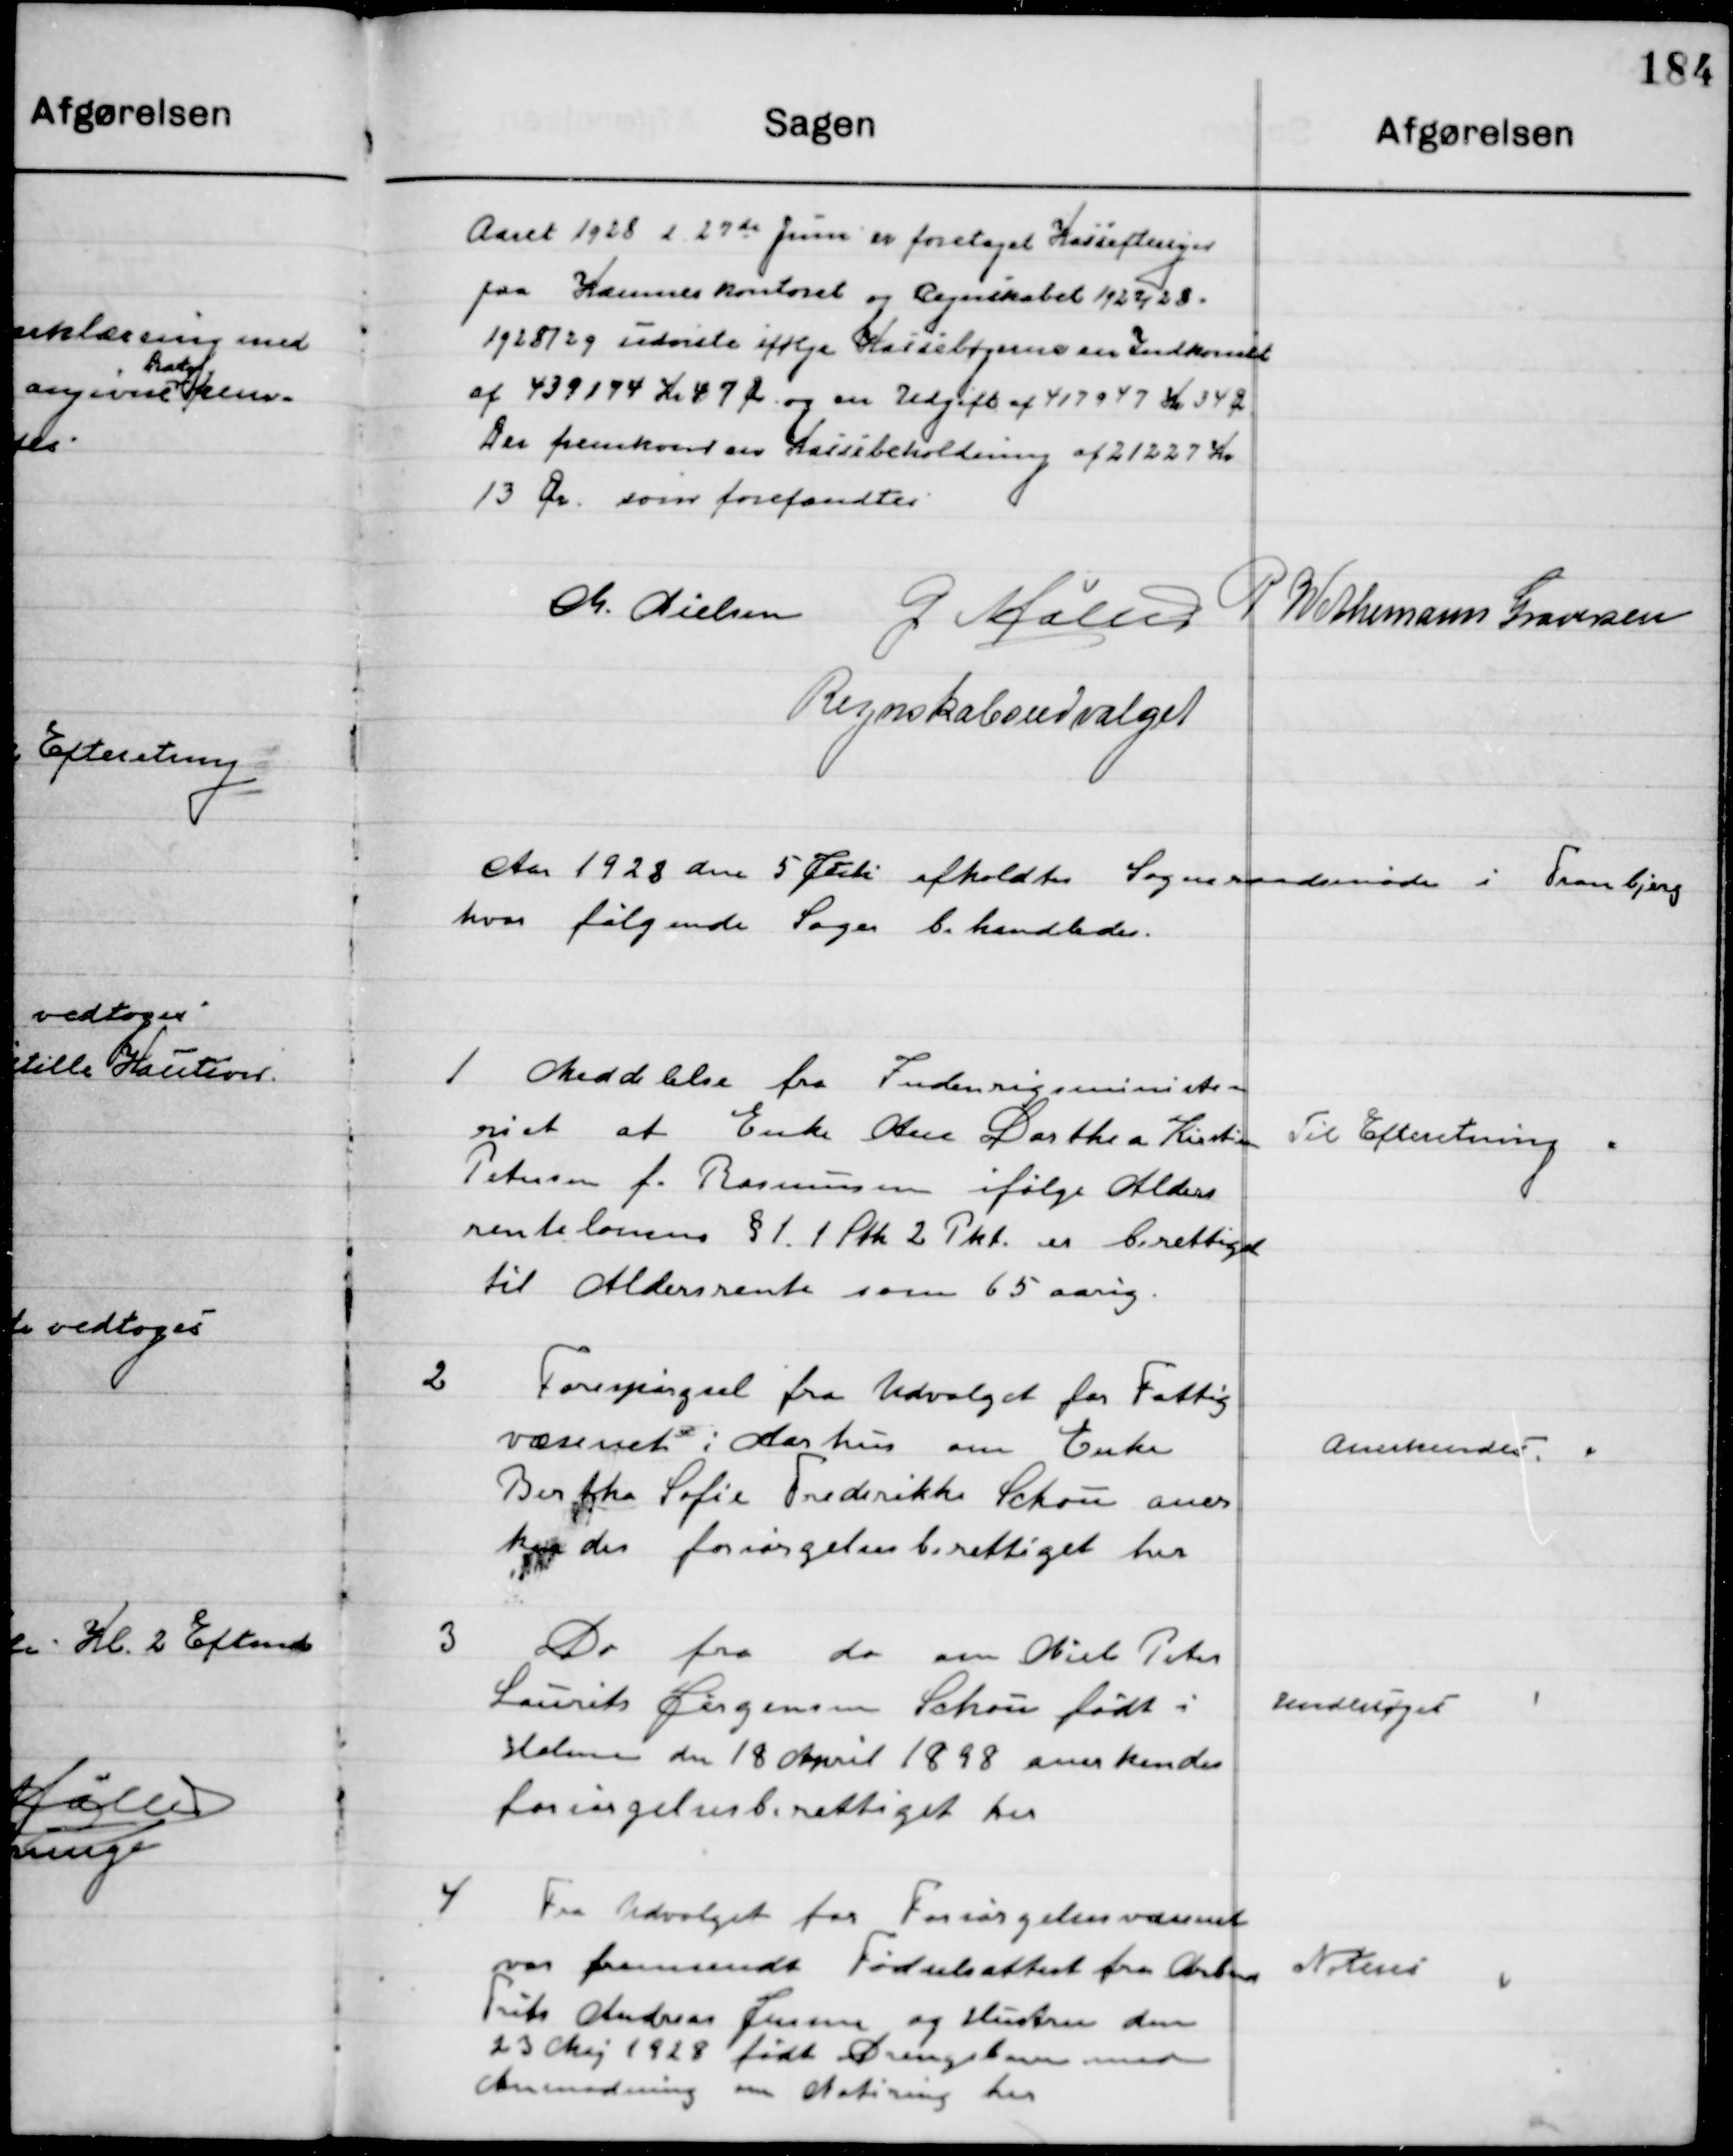
Transskription:
Aaret 1928 d. 27de Juni er foretaget Kasseeftersyn
paa Kæmnerkontoret og Regnskabet 1927/28.
1928/29 udviste ifølge Kassebøgerne en Indkomst
af 439174 Kr. 47 Øre og en Udgift af 417947 Kr. 34 Øre
Der fremkommer en Kassebeholdning af 21227 Kr.
13 Øre, som forefandtes.

M. Nielsen
G. Møller
P. Wethemann Graversen
Regnskabsudvalget

Aaret 1928 den 5 Juli  afholdtes  Sogneraadsmøde i Tranbjerg 
hvor følgende Sager behandledes.

1

Meddelelse fra Indenrigsministe-
riet at Enke Ane Dorthea Kristine 
Petersen f. Rasmussen ifølge Alders-
rentelovens § 1 Stk. 2 Pkt. er berettiget
til Aldersrente som 65 aarig.

Til Efterretning

2

Forespørgsel fra Udvalget for Fattig-
væsenet i Aarhus om Enke 
Birthe Sofie Frederikke Schou anerken- 
des forsørgelsesberettiget her.

Anerkendes

3

Do fra do om Niels Peter
Laurits Jørgensen Schou født i 
Holme den 18 April 1898 aner-
kendes forsørgelsesberettiget her.

Undersøges

4

Fra Udvalget for Forsørgelsesvæsenet
var fremsendt Fødselsattest fra Arbm.
Frits Andreas Jensen og Hustru den
23 Maj 1928 født Drengebarn med
Anmodning om Notering her.

Noteres